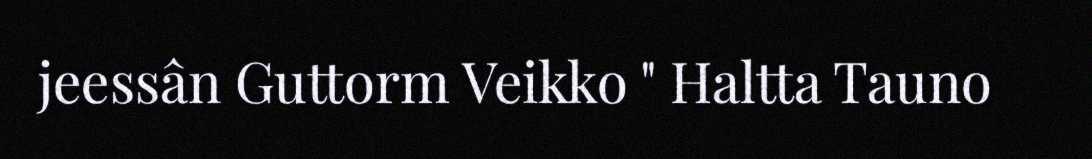
jeessân Guttorm Veikko " Haltta Tauno